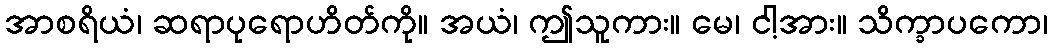
အာစရိယံ၊ ဆရာပုရောဟိတ်ကို။ အယံ၊ ဤသူကား။ မေ၊ ငါ့အား။ သိက္ခာပကော၊